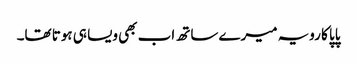
پاپا کا رویہ میرے ساتھ اب بھی ویسا ہی ہوتا تھا۔